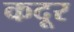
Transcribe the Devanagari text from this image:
कदूर